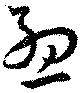
孟